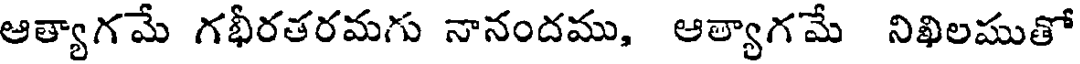
ఆత్యాగమే గభీరతరమగు నానందము, ఆత్యాగమే నిఖిలముతో